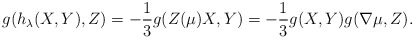
\begin{align*}g(h_{\lambda}(X, Y),Z) = -\frac{1}{3}g(Z(\mu)X, Y)=-\frac{1}{3}g(X, Y )g(\nabla{\mu}, Z).\end{align*}